Report of the Indian Hemp Drugs Commission, 1894-1895 - Volume IV
Year: 1894
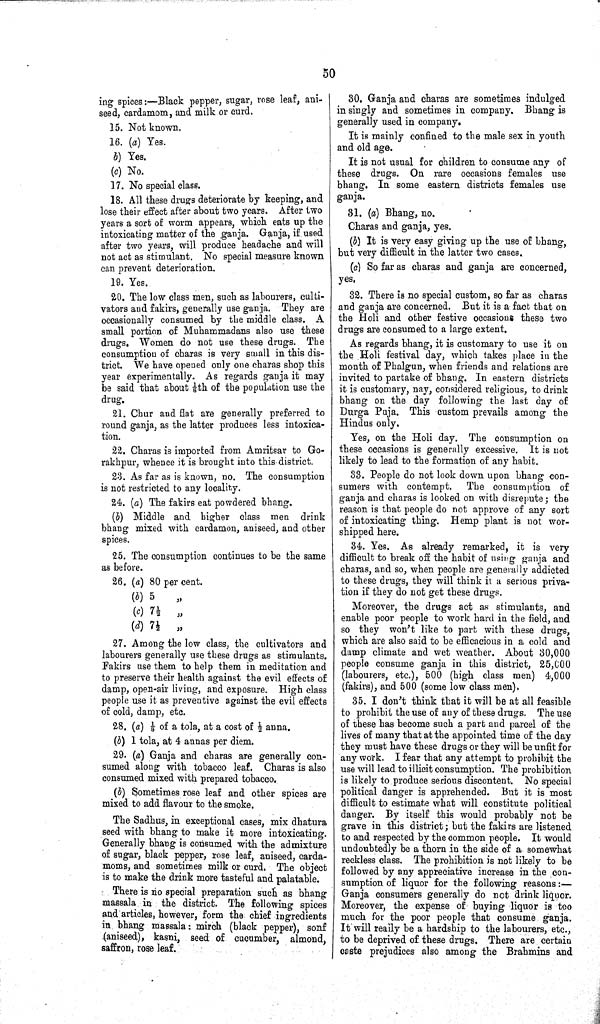
50
ing spices:—Black pepper, sugar, rose leaf, ani-
seed, cardamom, and milk or curd.
15. Not known.
16. (a) Yes.
b) Yes.
(c) No.
17. No special class.
18. All these drugs deteriorate by keeping, and
lose their effect after about two years. After two
years a sort of worm appears, which eats up the
intoxicating matter of the ganja. Ganja, if used
after two years, will produce headache and will
not act as stimulant. No special measure known
can prevent deterioration.
19. Yes.
20. The low class men, such as labourers, culti-
vators and fakirs, generally use ganja. They are
occasionally consumed by the middle class. A
small portion of Muhammadans also use these
drugs. Women do not use these drugs. The
consumption of charas is very small in this dis-
trict. We have opened only one charas shop this
year experimentally. As regards ganja it may
be said that about 1/8th of the population use the
drug.
21. Chur and flat are generally preferred to
round ganja, as the latter produces less intoxica-
tion.
22. Charas is imported from Amritsar to Go-
rakhpur, whence it is brought into this district.
23. As far as is known, no. The consumption
is not restricted to any locality.
24. (a) The fakirs eat powdered bhang.
(b) Middle and higher class men drink
bhang mixed with cardamon, aniseed, and other
spices.
25. The consumption continues to be the same
as before.
26. (a) 80 per cent.
(b) 5
"
(c) 7 1/2 "
(d) 7 1/2 "
27. Among the low class, the cultivators and
labourers generally use these drugs as stimulants.
Fakirs use them to help them in meditation and
to preserve their health against the evil effects of
damp, open-air living, and exposure. High class
people use it as preventive against the evil effects
of cold, damp, etc.
28. (a) 1/8 of a tola, at a cost of 1/2 anna.
(b) 1 tola, at 4 annas per diem.
29. (a) Ganja and charas are generally con-
sumed along with tobacco leaf. Charas is also
consumed mixed with prepared tobacco.
(b) Sometimes rose leaf and other spices are
mixed to add flavour to the smoke.
The Sadhus, in exceptional cases, mix dhatura
seed with bhang to make it more intoxicating.
Generally bhang is consumed with the admixture
of sugar, black pepper, rose leaf, aniseed, carda-
moms, and sometimes milk or curd. The object
is to make the drink more tasteful and palatable.
There is no special preparation such as bhang
massala in the district. The following spices
and articles, however, form the chief ingredients
in bhang massala: mirch (black pepper), sonf
(aniseed), kasni, seed of cucumber, almond,
saffron, rose leaf.
30. Ganja and charas are sometimes indulged
in singly and sometimes in company. Bhang is
generally used in company.
It is mainly confined to the male sex in youth
and old age.
It is not usual for children to consume any of
these drugs. On rare occasions females use
bhang. In some eastern districts females use
ganja.
31. (a) Bhang, no.
Charas and ganja, yes.
(b) It is very easy giving up the use of bhang,
but very difficult in the latter two cases.
(c) So far as charas and ganja are concerned,
yes.
32. There is no special custom, so far as charas
and ganja are concerned. But it is a fact that on
the Holi and other festive occasions these two
drugs are consumed to a large extent.
As regards bhang, it is customary to use it on
the Holi festival day, which takes place in the
month of Phalgun, when friends and relations are
invited to partake of bhang. In eastern districts
it is customary, nay, considered religious, to drink
bhang on the day following the last day of
Durga Puja. This custom prevails among the
Hindus only.
Yes, on the Holi day. The consumption on
these occasions is generally excessive. It is not
likely to lead to the formation of any habit.
33. People do not look down upon bhang con-
sumers with contempt. The consumption of
ganja and charas is looked on with disrepute; the
reason is that people do not approve of any sort
of intoxicating thing. Hemp plant is not wor-
shipped here.
34. Yes. As already remarked, it is very
difficult to break off the habit of using ganja and
charas, and so, when people are generally addicted
to these drugs, they will think it a serious priva-
tion if they do not get these drugs.
Moreover, the drugs act as stimulants, and
enable poor people to work hard in the field, and
so they won't like to part with these drugs,
which are also said to be efficacious in a cold and
damp climate and wet weather. About 30,000
people consume ganja in this district, 25,000
(labourers, etc.), 500 (high class men) 4,000
(fakirs), and 500 (some low class men).
35. I don't think that it will be at all feasible
to prohibit the use of any of these drugs. The use
of these has become such a part and parcel of the
lives of many that at the appointed time of the day
they must have these drugs or they will be unfit for
any work. I fear that any attempt to prohibit the
use will lead to illicit consumption. The prohibition
is likely to produce serious discontent. No special
political danger is apprehended. But it is most
difficult to estimate what will constitute political
danger. By itself this would probably not be
grave in this district; but the fakirs are listened
to and respected by the common people. It would
undoubtedly be a thorn in the side of a somewhat
reckless class. The prohibition is not likely to be
followed by any appreciative increase in the con-
sumption of liquor for the following reasons:—
Ganja consumers generally do not drink liquor.
Moreover, the expense of buying liquor is too
much for the poor people that consume ganja.
It will really be a hardship to the labourers, etc.,
to be deprived of these drugs. There are certain
caste prejudices also among the Brahmins and